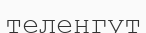
теленгут